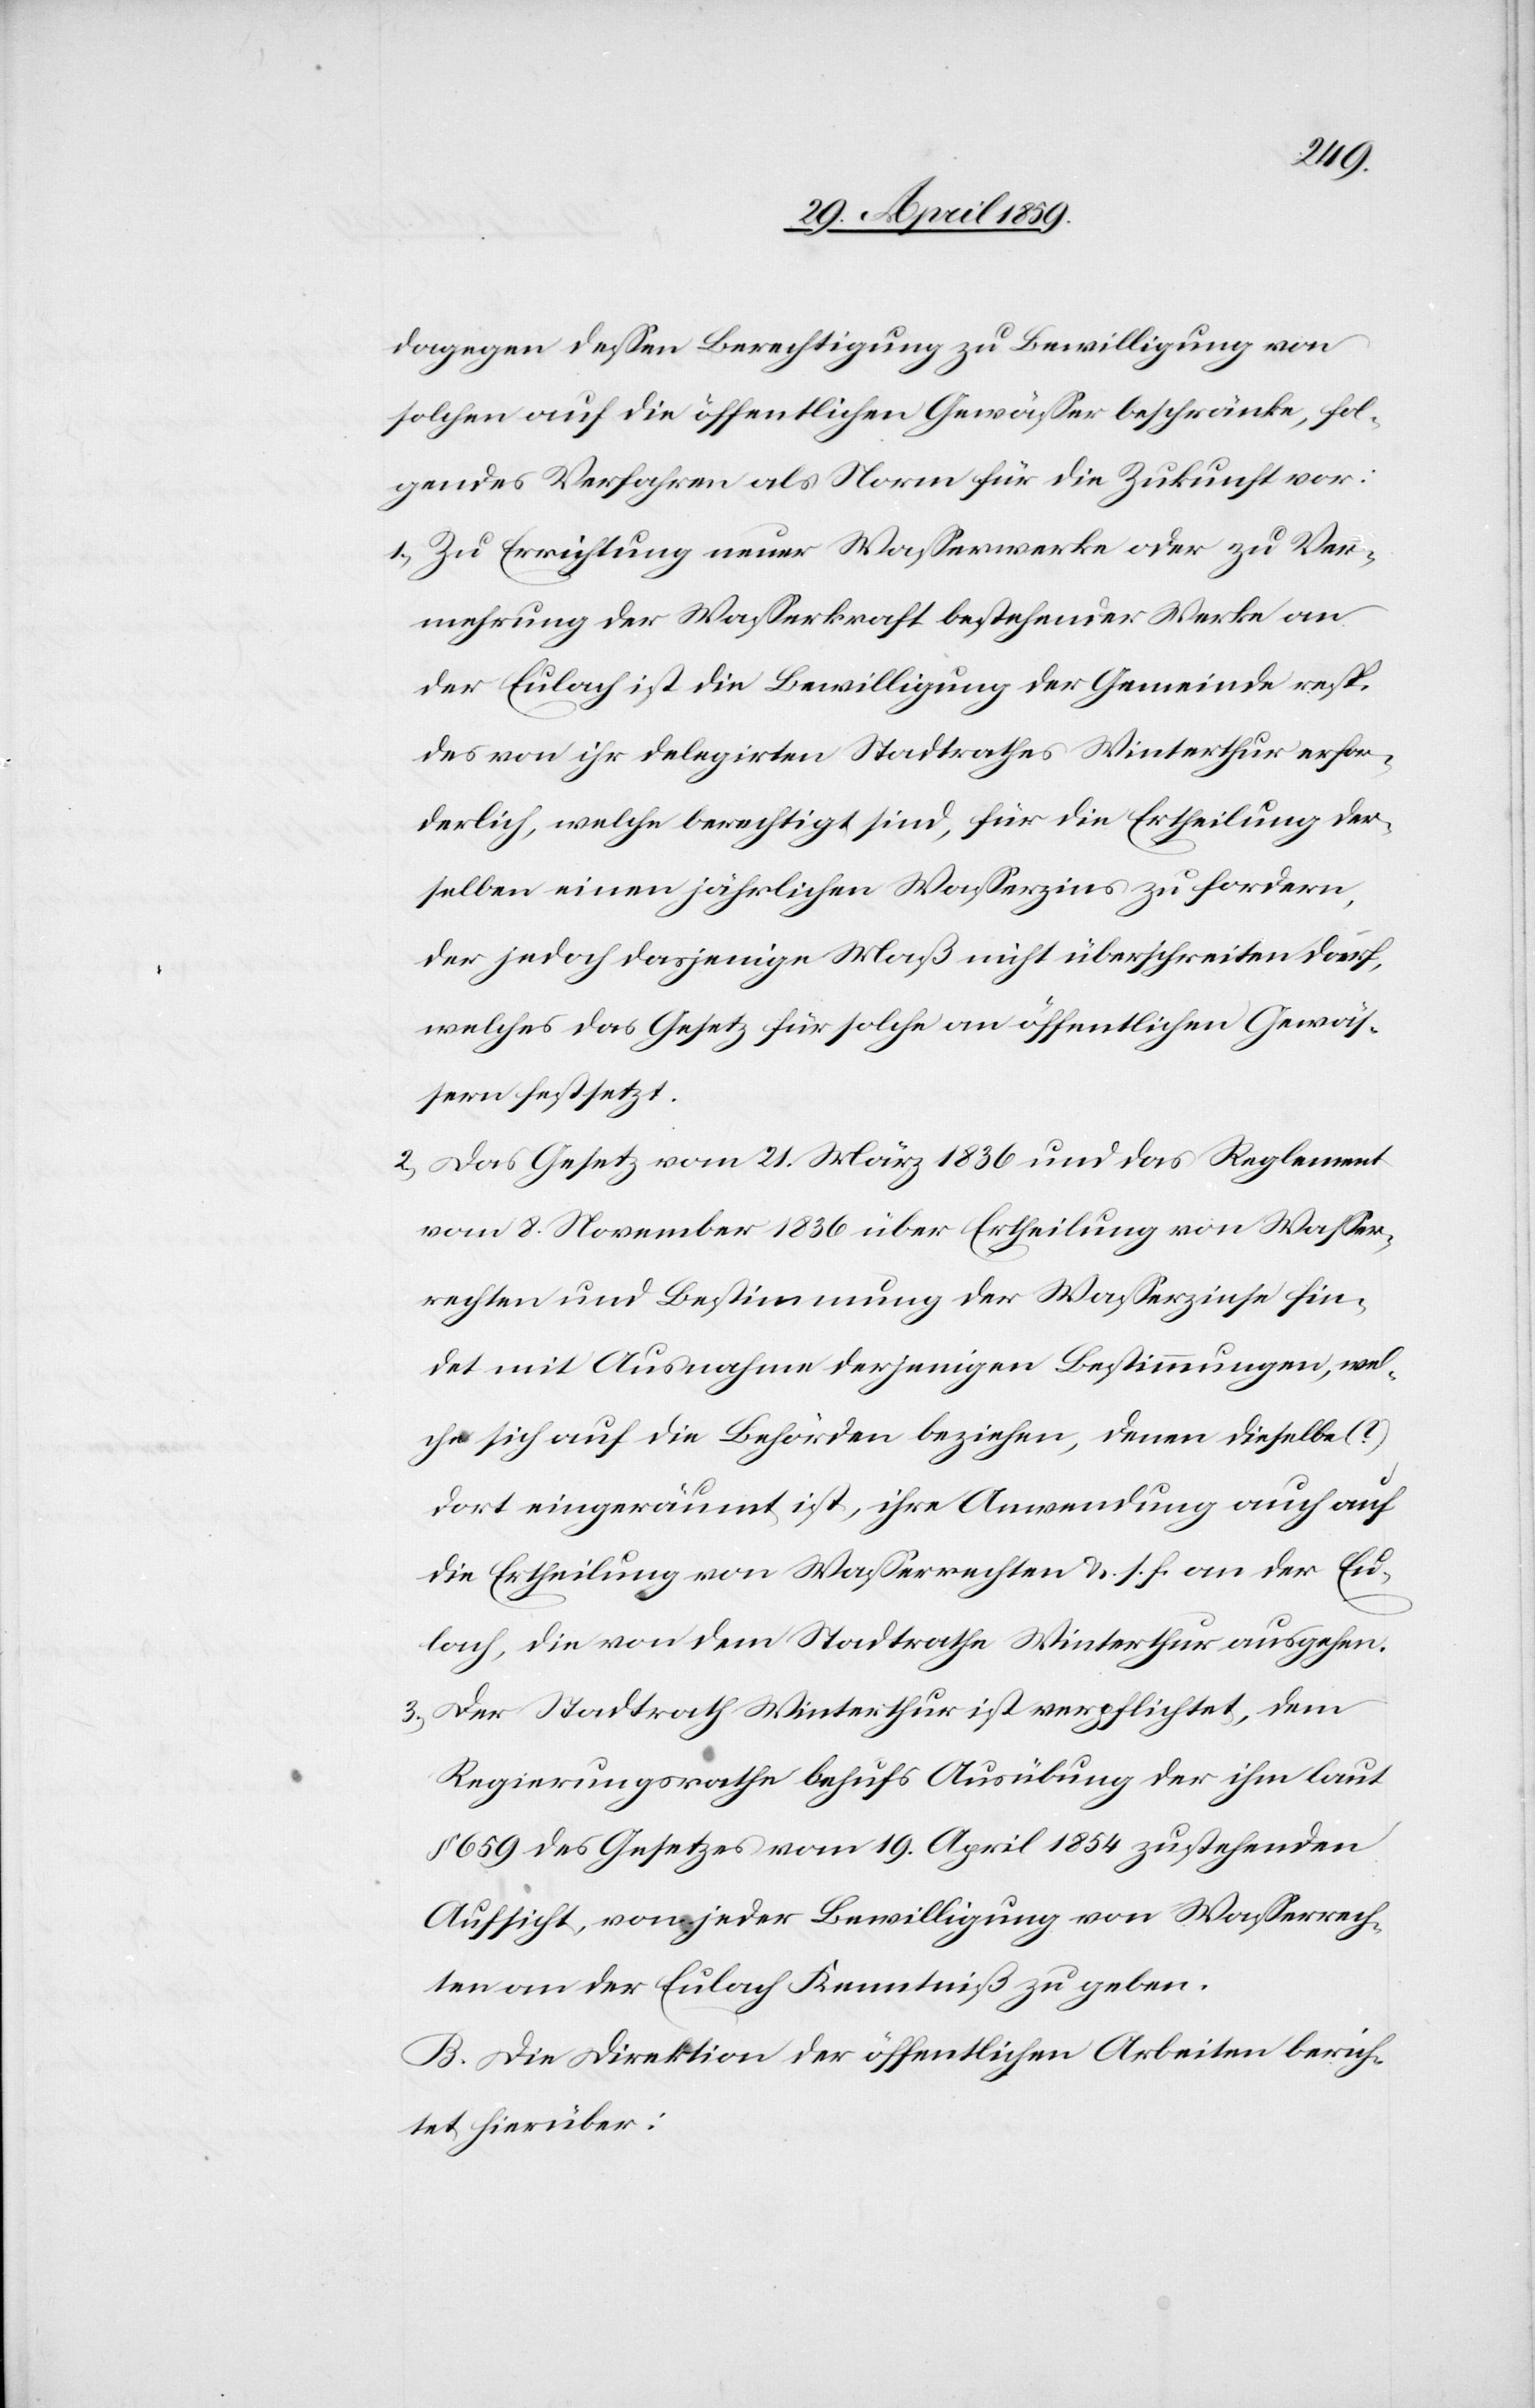
dagegen deßen Berechtigung zu Bewilligung von
solchen auf die öffentlichen Gewäßer beschränke, fol¬
gendes Verfahren als Norm für die Zukunft vor:
1) Zu Errichtung neuer Waßerwerke oder zu Ver¬
mehrung der Waßerkraft bestehender Werke an
der Eulach ist die Bewilligung der Gemeinde resp.
des von ihr delegirten Stadtrathes Winterthur erfor¬
derlich, welche berechtigt sind, für die Ertheilung der¬
selben einen jährlichen Waßerzins zu fordern,
der jedoch dasjenige Maß nicht überschreiten darf,
welches das Gesetz für solche an öffentlichen Gewäs¬
sern festsetzt.
2) Das Gesetz vom 21. März 1836 und das Reglement
vom 8. November 1836 über Ertheilung von Waßer¬
rechten und Bestimmung der Waßerzinse fin¬
det mit Ausnahme derjenigen Bestimmungen, wel¬
che sich auf die Behörden beziehen, denen dieselbe (?)
dort eingeräumt ist, ihre Anwendung auch auf
die Ertheilung von Waßerrechten u. s. f. an der Eu¬
lach, die von dem Stadtrathe Winterthur ausgehen.
3) Der Stadtrath Winterthur ist verpflichtet, dem
Regierungsrathe behufs Ausübung der ihm laut
§ 659 des Gesetzes vom 19. April 1854 zustehenden
Aufsicht, von jeder Bewilligung von Waßerrech¬
ten an der Eulach Kenntniß zu geben.
B. Die Direktion der öffentlichen Arbeiten berich¬
tet hierüber: